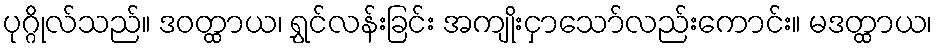
ပုဂ္ဂိုလ်သည်။ ဒဝတ္ထာယ၊ ရွှင်လန်းခြင်း အကျိုးငှာသော်လည်းကောင်း။ မဒတ္ထာယ၊